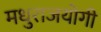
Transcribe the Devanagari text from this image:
मधुराजयोगी